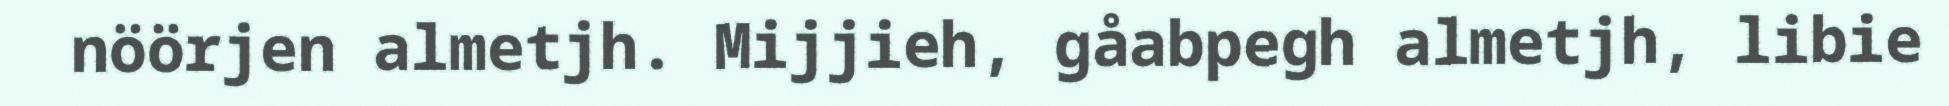
nöörjen almetjh. Mijjieh, gåabpegh almetjh, libie